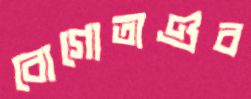
বোগোতাণ্ডব